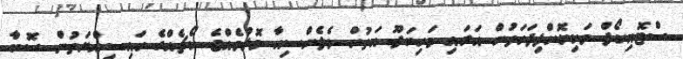
ސްޓޮއިކޯފް ވަކިކޮށްފިފަހަތުން އަރައި މަހިބަދޫ އަތުން ވެލެންސިއާ މޮޅުވެއްޖެ ކޯޗެއްގެ ހައިސިއްޔަތުން ސޮބާ